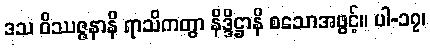
ဒသ ဝိဿဇ္ဇနာနိ ရာသိကတွာ နိဒ္ဒိဋ္ဌာနိ စသောအဖွင့်။ ပါ-၁၇၊